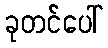
ခုတင်ပေါ်